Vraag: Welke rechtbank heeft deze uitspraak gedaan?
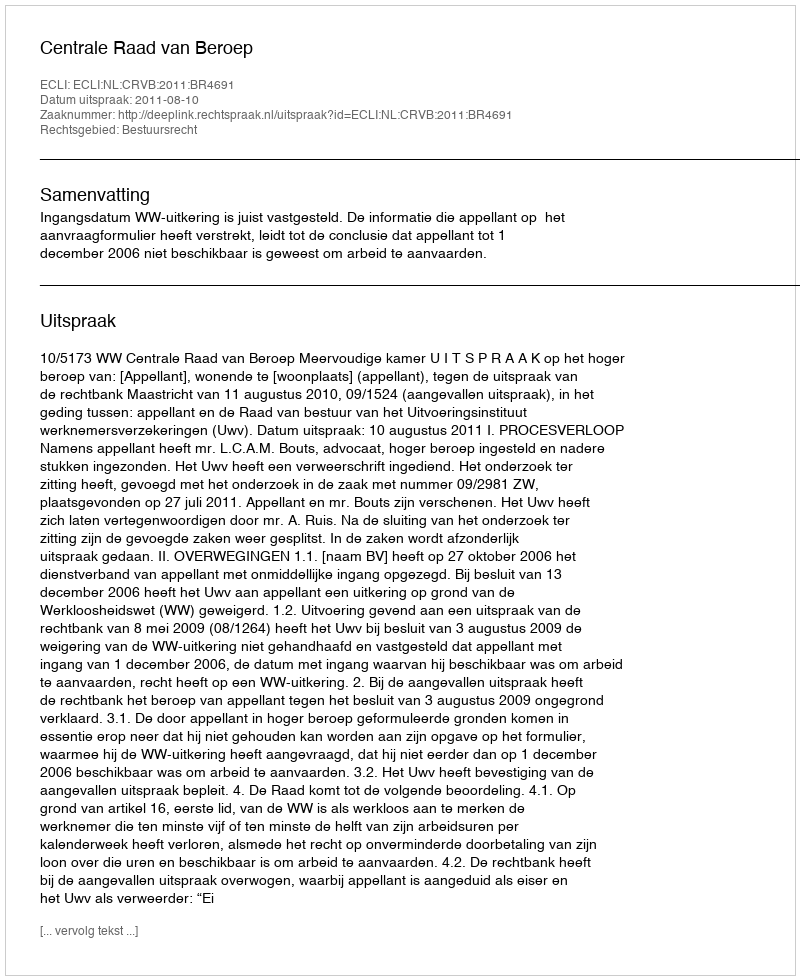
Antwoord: Centrale Raad van Beroep